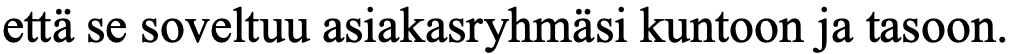
että se soveltuu asiakasryhmäsi kuntoon ja tasoon.